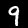
Digit: 9